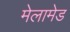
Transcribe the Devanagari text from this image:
मेलामेड